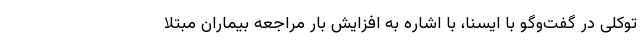
توکلی در گفت‌وگو با ایسنا، با اشاره به افزایش بار مراجعه بیماران مبتلا